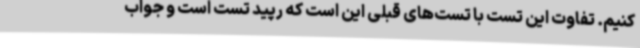
کنیم. تفاوت این تست با تست‌های قبلی این است که رپید تست است و جواب